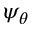
\psi _ { \theta }